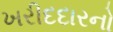
ખરીદદારનો